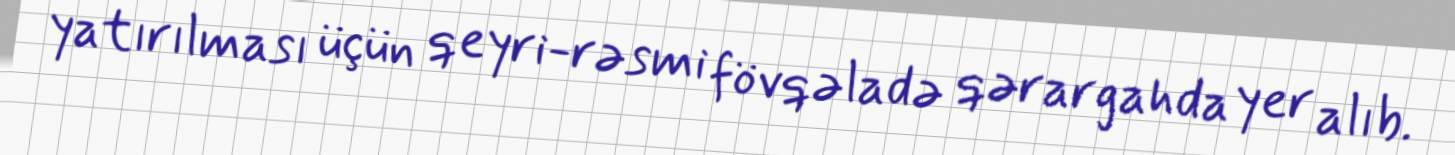
yatırılması üçün qeyri-rəsmi fövqəladə qərargahda yer alıb.